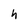
Character: h